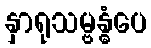
နှာရုသမ္ဗန္ဓံပေ